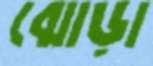
ঝোড়া